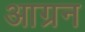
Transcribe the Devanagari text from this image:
आग्रन